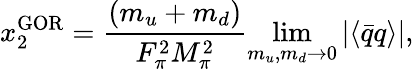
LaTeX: x_{2}^{\mathrm{GOR}}=\frac{(m_{u}+m_{d})}{F_{\pi}^{2}M_{\pi}^{2}}\operatorname*{lim}_{m_{u},m_{d}\to 0}|\langle\bar{q}q\rangle|,